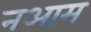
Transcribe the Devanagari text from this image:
नआम